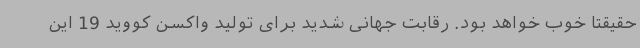
حقیقتا خوب خواهد بود. رقابت جهانی شدید برای تولید واکسن کووید 19 این